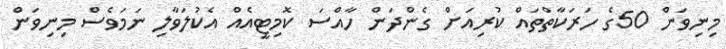
މިނިވަން 50ގެ ހަރަކާތްތައް ކުރިއަށް ގެންދަން ހާއްސަ ކޮމިޓީއެއް އެކުލަވާލި ނަމަވެސް މިނިވަން